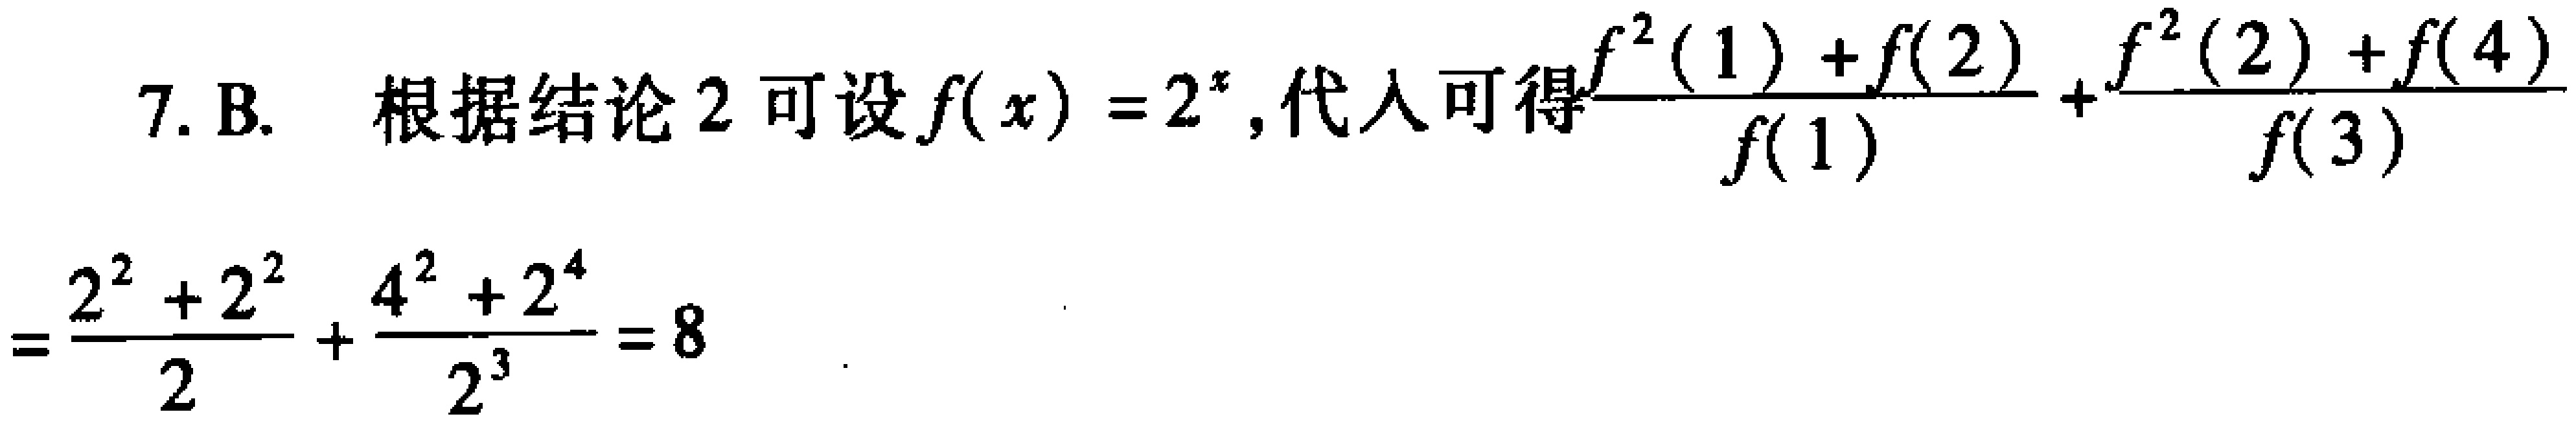
7. B. 根据结论 2 可设 \(f(x)=2^{x}\), 代入可得\(\frac{f^{2}(1)+f(2)}{f(1)}+\frac{f^{2}(2)+f(4)}{f(3)}\)

\(=\frac{2^{2}+2^{2}}{2}+\frac{4^{2}+2^{4}}{2^{3}} = 8\)